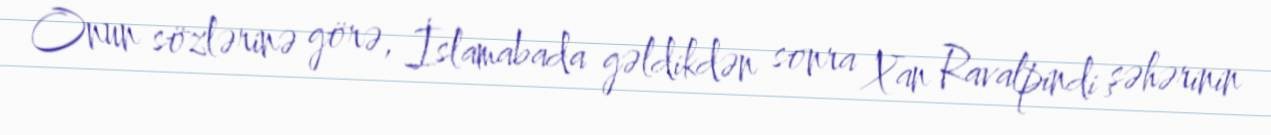
Onun sözlərinə görə, İslamabada gəldikdən sonra Xan Ravalpindi şəhərinin